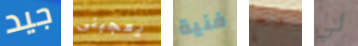
جيد يعجبنى فنية مع لي